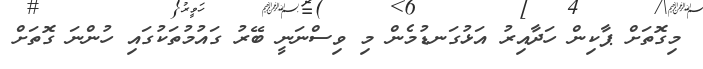
މިގޮތަށް ޕާކިން ހަދާއިރު އަޅުގަނޑުމެން މި ވިސްނަނީ ބޭރު ގައުމުތަކުގައި ހުންނަ ގޮތަށް